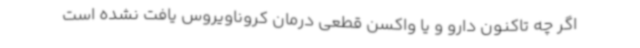
اگر چه تاکنون دارو و یا واکسن قطعی درمان کروناویروس یافت نشده است